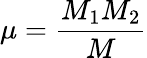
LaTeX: \mu=\frac{M_{\mathrm{1}}M_{\mathrm{2}}}{M}